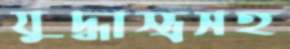
যুদ্ধাস্ত্রসহ